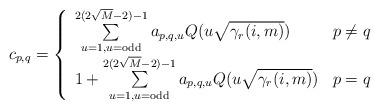
LaTeX: \begin{align*}c_{p,q}=\left\{\begin{array}{ll}\sum\limits_{u=1,u=\textrm{odd}}^{2(2\sqrt{M}-2)-1}a_{p,q,u}Q(u\sqrt{\gamma_{r}(i,m)}) & p\neq q\\1+\sum\limits_{u=1,u=\textrm{odd}}^{2(2\sqrt{M}-2)-1}a_{p,q,u}Q(u\sqrt{\gamma_{r}(i,m)}) & p=q\end{array}\right.\end{align*}